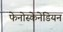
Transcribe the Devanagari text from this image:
फेनोस्केनेडियन